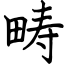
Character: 畴